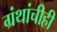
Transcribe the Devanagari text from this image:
ग्रंथांचीही